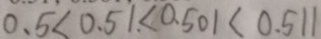
0 . 5 < 0 . 5 1 < 0 . 5 0 1 < 0 . 5 1 1